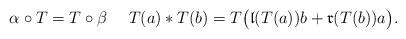
LaTeX: \begin{align*} \alpha\circ T = T\circ\beta ~~~~T (a)\ast T (b) = T \big(\mathfrak{l}(T (a))b + \mathfrak{r}(T (b))a\big). \end{align*}